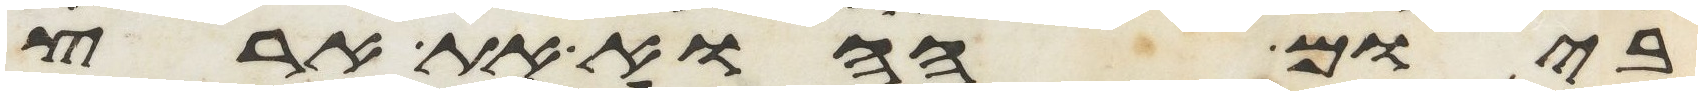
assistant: ביום ההוא את ארץ